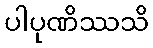
ပါပုဏိဿသိ